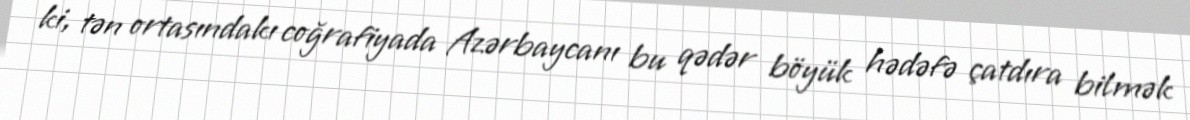
ki, tən ortasındakı coğrafiyada Azərbaycanı bu qədər böyük hədəfə çatdıra bilmək